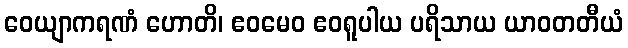
ဝေယျာကရဏံ ဟောတိ၊ ဧဝမေဝ ဧဝရူပါယ ပရိသာယ ယာဝတတီယံ